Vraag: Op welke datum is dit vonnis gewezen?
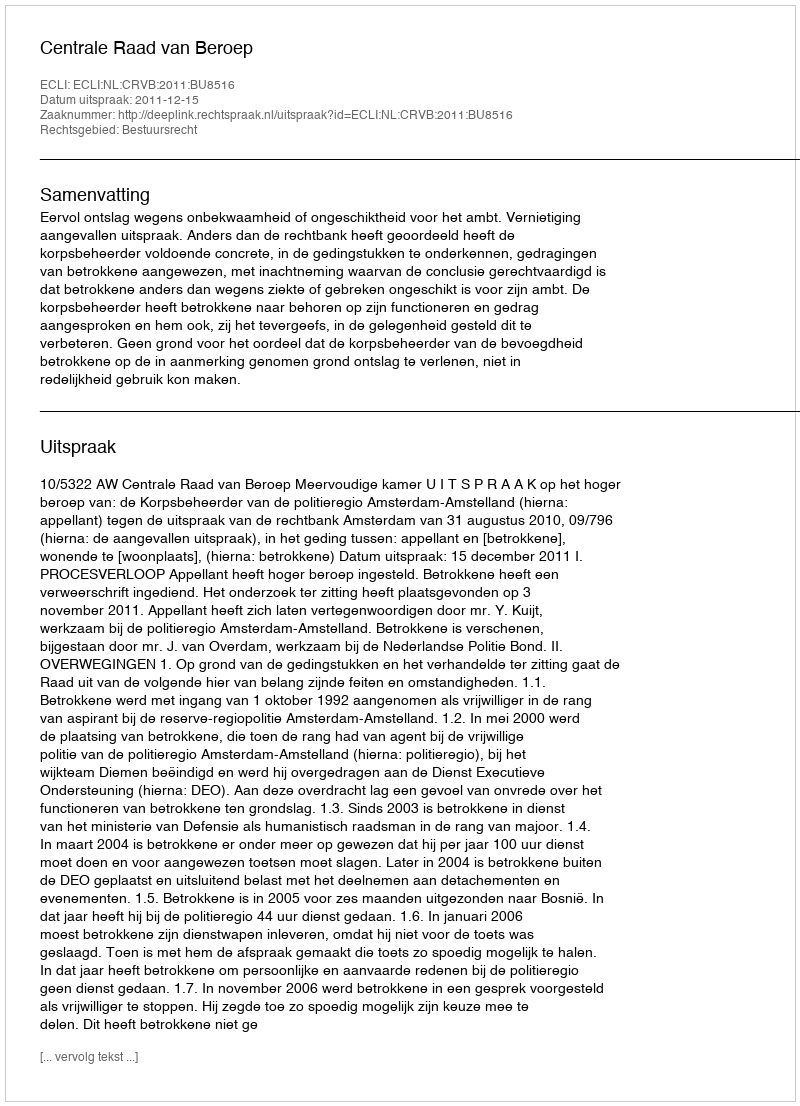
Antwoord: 2011-12-15